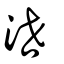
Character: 泄